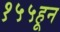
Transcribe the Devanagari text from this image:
१५५हून